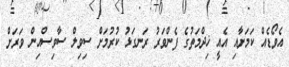
އެވޯޑެއް ކަމަށާއި އެއީ ޚިދްމަތުގެ ފެންވަރު ރަނގަޅު ކުރުމަށް ސިވިލް ސާވިސްއިން ވަރަށް